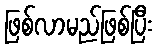
ဖြစ်လာမည်ဖြစ်ပြီး